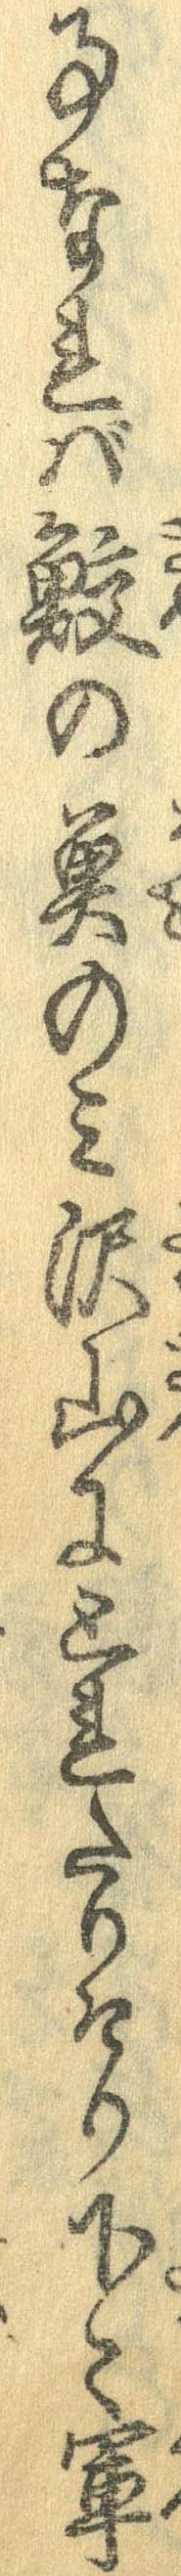
事なれば鮫の魚のみ沢山にとれたりけり下々軍